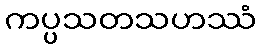
ကပ္ပသတသဟဿံ